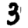
Digit: 3